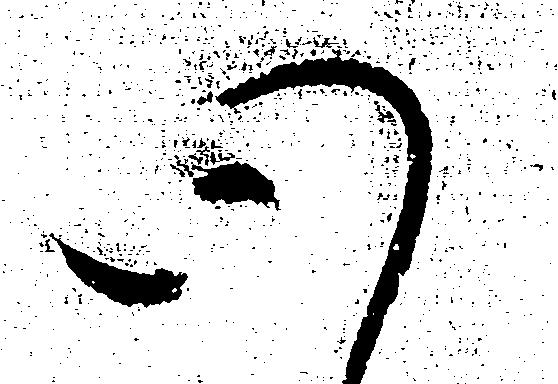
心